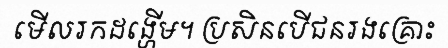
មើលរកដង្ហើម។ ប្រសិនបើជនរងគ្រោះ